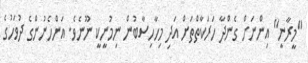
"މީރާނީ" އިންނަށް ގެންދާ ހަރަކާތްތަށް އަދި މިހާހިސާބުން ނިމުނީކީ ނޫނެވެ. އަންހެނުންގެ ދުވަހުގެ